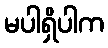
မပါရှိပါက